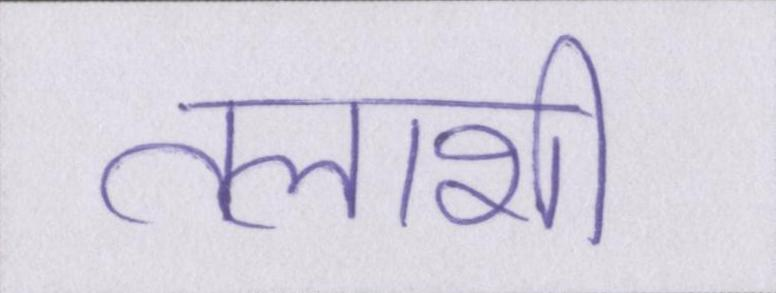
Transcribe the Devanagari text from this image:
तलाशी